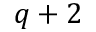
q + 2